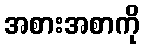
အစားအစာကို